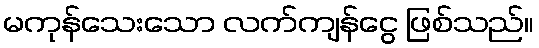
မကုန်သေးသော လက်ကျန်ငွေ ဖြစ်သည်။